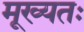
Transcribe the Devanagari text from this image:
मूख्यतः